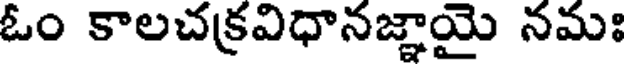
ఓం కాలచక్రవిధానజ్ఞాయై నమః